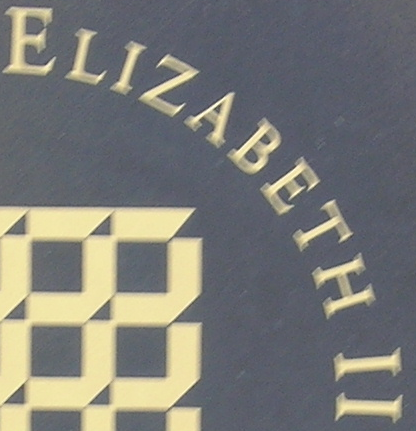
ELIZABETH II